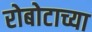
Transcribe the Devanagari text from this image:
रोबोटाच्या